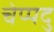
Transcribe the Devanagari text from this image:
चेप्पदु